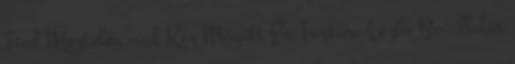
Tied Meztelen -val Kéz Mögött És Tortur. Lezbo Bevállalós